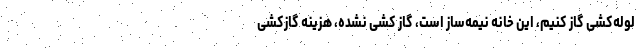
لوله‌کشی گاز کنیم، این خانه نیمه‌ساز است، گاز کشی نشده، هزینه گازکشی